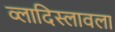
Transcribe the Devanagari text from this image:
व्लादिस्लावला